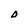
Character: O